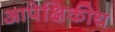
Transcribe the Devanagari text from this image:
आपेक्षिकीय